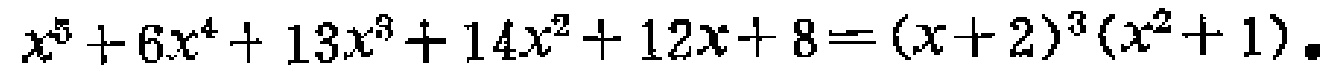
\(x^{5}+6x^{4}+13x^{3}+14x^{2}+12x + 8=(x + 2)^{3}(x^{2}+1)\)